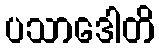
ပသာဒေါတိ